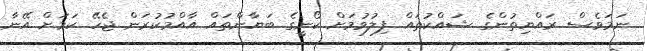
ނަމަވެސް ރައްޔިތުންގެ ޝައްކުތައް ފިލުވުމަށް ކޯނީގެ ބަޔާންތައް އާއްމުކުރަން ޖެހޭ ކަމަށް އޭނާ